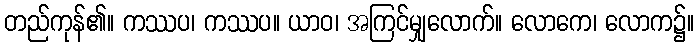
တည်ကုန်၏။ ကဿပ၊ ကဿပ။ ယာဝ၊ အကြင်မျှလောက်။ လောကေ၊ လောက၌။